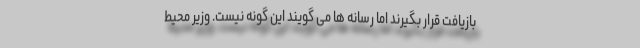
بازیافت قرار بگیرند اما رسانه ها می گویند این گونه نیست. وزیر محیط